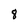
Character: 8